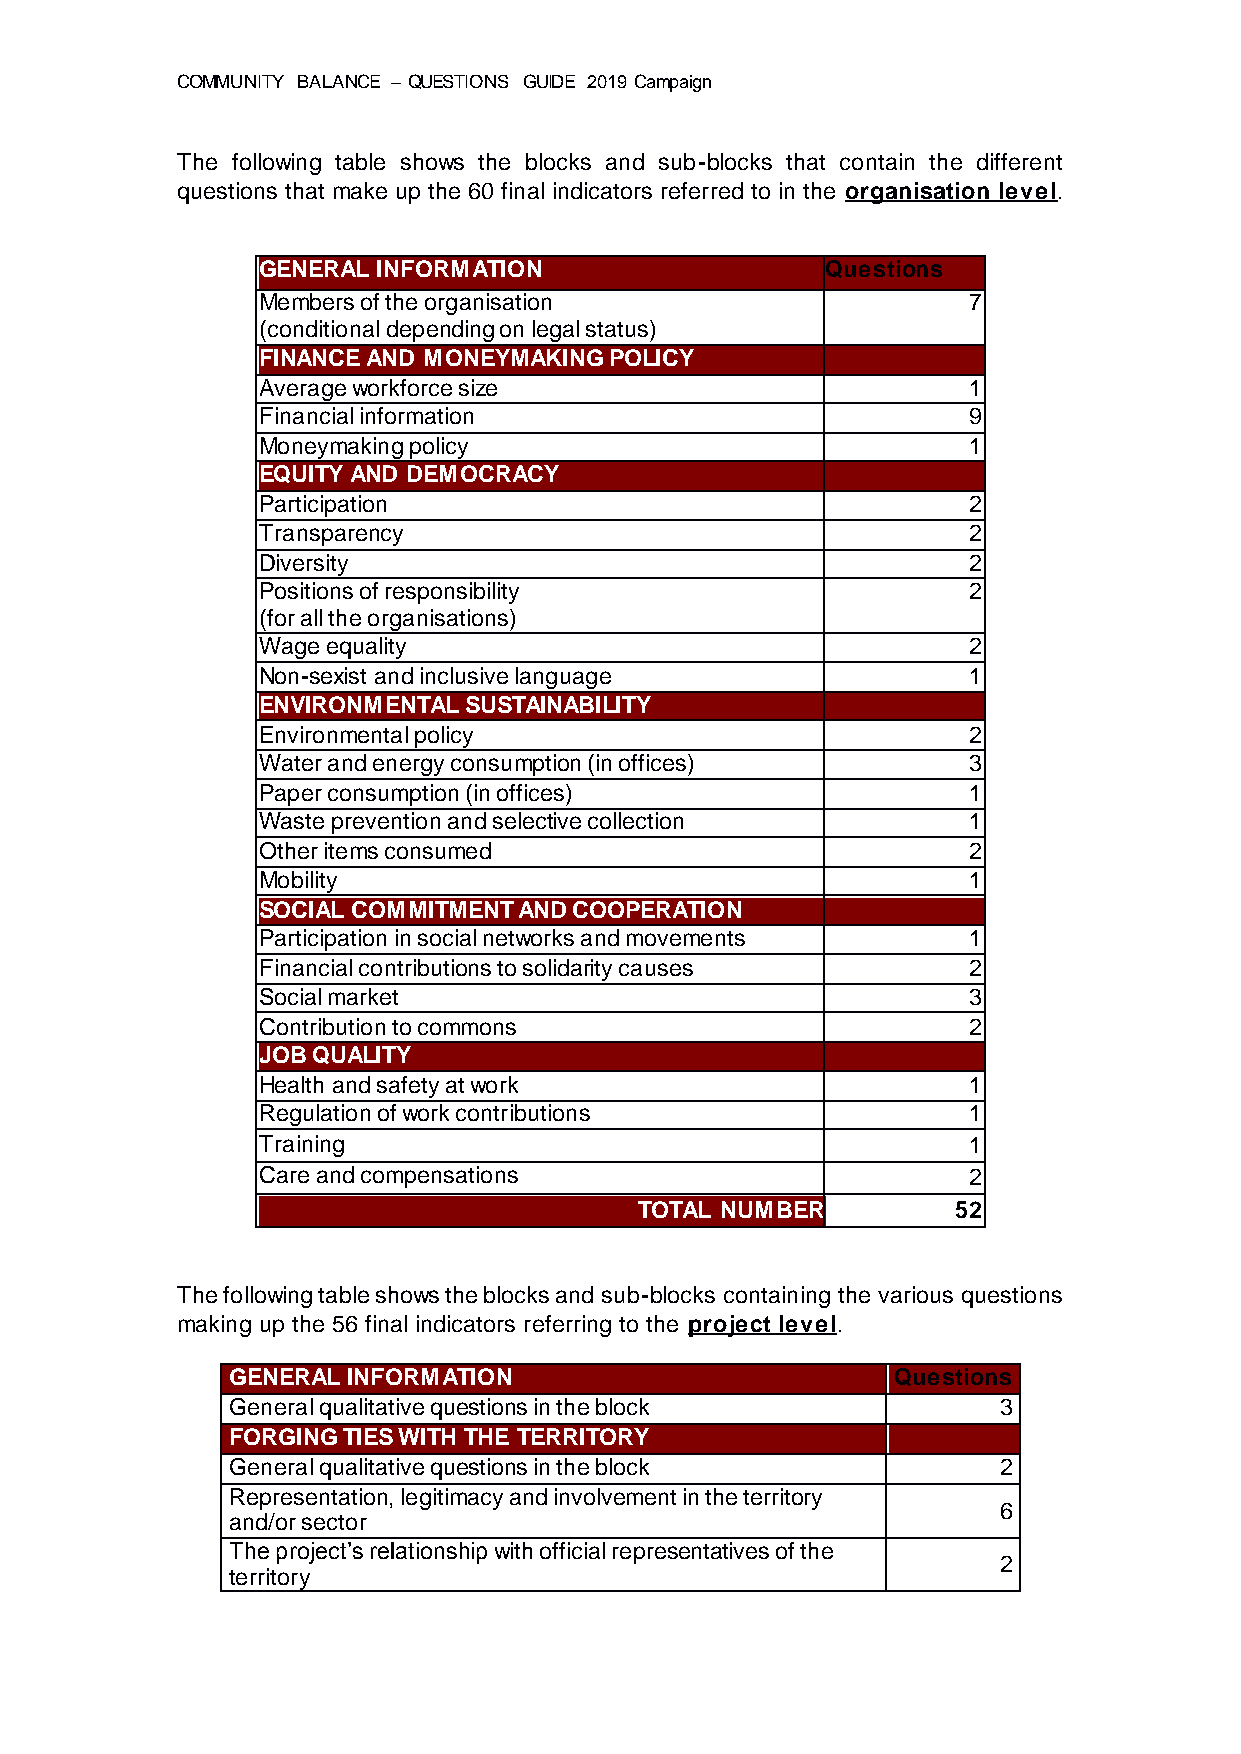
COMMUNITY BALANCE – QUESTIONS GUIDE 2019 Campaign
 The following table shows the blocks and sub-blocks that contain the different
 questions that make up the 60 final indicators referred to in the organisation level.
 GENERAL INFORMATION                   Questions
 Members of the organisation                    7
 (conditional depending on legal status)
 FINANCE AND MONEYMAKING POLICY
 Average workforce size                         1
 Financial information                          9
 Moneymaking policy                             1
 EQUITY AND DEMOCRACY
 Participation                                  2
 Transparency                                   2
 Diversity                                      2
 Positions of responsibility                    2
 (for all the organisations)
 Wage equality                                  2
 Non-sexist and inclusive language              1
 ENVIRONMENTAL SUSTAINABILITY
 Environmental policy                           2
 Water and energy consumption (in offices)      3
 Paper consumption (in offices)                 1
 Waste prevention and selective collection      1
 Other items consumed                           2
 Mobility                                       1
 SOCIAL COMMITMENT AND COOPERATION
 Participation in social networks and movements 1
 Financial contributions to solidarity causes   2
 Social market                                  3
 Contribution to commons                        2
 JOB QUALITY
 Health and safety at work                      1
 Regulation of work contributions               1
 Training                                       1
 Care and compensations                         2
 TOTAL NUMBER         52
 The following table shows the blocks and sub-blocks containing the various questions
 making up the 56 final indicators referring to the project level.
 GENERAL INFORMATION                         Questions
 General qualitative questions in the block         3
 FORGING TIES WITH THE TERRITORY
 General qualitative questions in the block         2
 Representation, legitimacy and involvement in the territory
 6
 and/or sector
 The project’s relationship with official representatives of the
 2
 territory